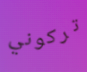
تركوني